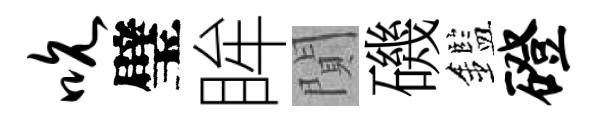
吮璧眸閴磯鑑磴